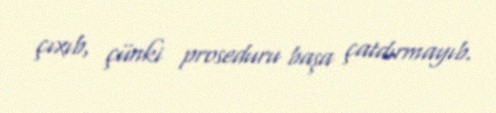
çıxıb, çünki proseduru başa çatdırmayıb.